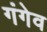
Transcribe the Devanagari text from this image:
गंगेव